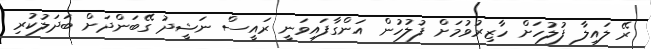
ރޭ ލައިލާ ފުލުހަށް ހާޒިރުވުމަށް ފުލުހުން އަންގާފައިވަނީ ރައީސް ނަޝީދު ގޭބަންދަށް ބަދަލުކުރި